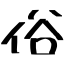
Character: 俗